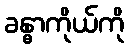
ခန္ဓာကိုယ်ကို